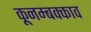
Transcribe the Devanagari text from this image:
कूनम्बक्काव